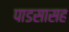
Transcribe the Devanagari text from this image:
पाडसासह